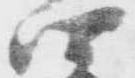
四